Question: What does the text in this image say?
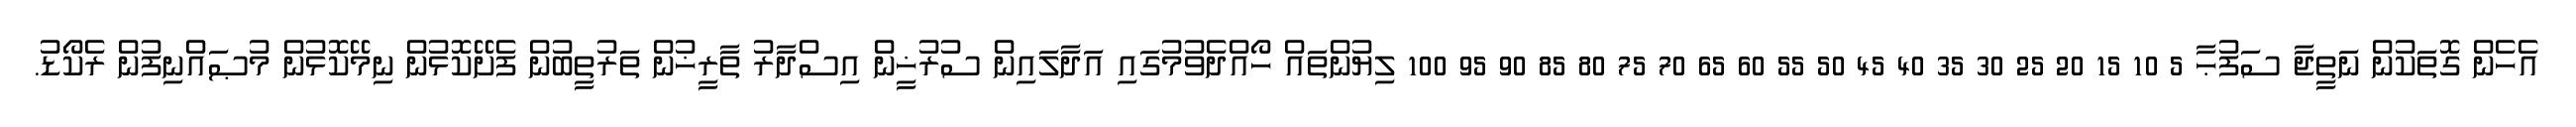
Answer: އެހެން ގޮތަކުން ނަތީޖާ ސަފުޙާ 5 10 15 20 25 30 35 40 45 50 55 60 65 70 75 80 85 90 95 100 ލިޔުންތައް ހޯއްދެވުމުގައި އަދާލައިން ސުރުޚީން އިސްދާރު ތާރީޚުން ތަރުތީބުން ފެށޭކޮޅުން ނިމޭކޮޅުން މުޞައްނިފުން ރެކޯޑު.